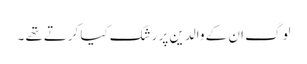
لوگ ان کے والدین پر رشک کیا کرتےتھے ۔